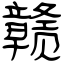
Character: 赣